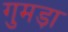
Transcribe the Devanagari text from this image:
गुमड़ा